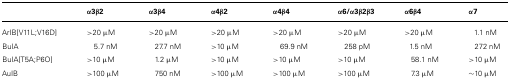
|  | α3β2 | α3β4 | α4β2 | α4β4 | α6/α3β2β3 | α6β4 | α7 |
 | --- | --- | --- | --- | --- | --- | --- | --- |
 | ArIB[V11L;V16D] | >20 μM | >20 μM | >20 μM | >20 μM | >20 μM | >20 μM | 1.1 nM |
 | BuIA | 5.7 nM | 27.7 nM | >10 μM | 69.9 nM | 258 pM | 1.5 nM | 272 nM |
 | BuIA[T5A;P6O] | >10 μM | 1.2 μM | >10 μM | >10 μM | >10 μM | 58.1 nM | >10 μM |
 | AuIB | >100 μM | 750 nM | >100 μM | >100 μM | >100 μM | 7.3 μM | ~10 μM |